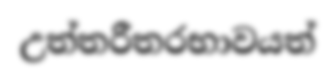
උත්තරීතරභාවයත්